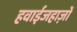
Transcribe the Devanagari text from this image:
हवाईजहाज़ों